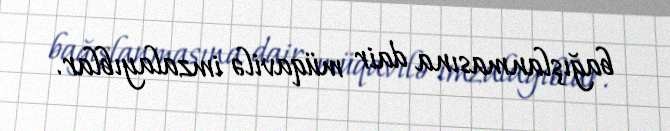
bağışlanmasına dair müqavilə imzalayıblar.